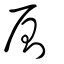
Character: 厠